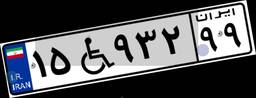
۱۵W۹۳۲۹۹